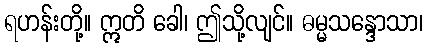
ရဟန်းတို့။ ဣတိ ခေါ၊ ဤသို့လျင်။ ဓမ္မသန္ဒောသာ၊